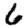
Digit: 6